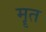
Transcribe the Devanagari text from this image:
मॄत